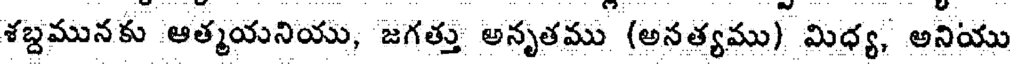
శబ్దమునకు ఆత్మయనియు, జగత్తు అనృతము (అనత్యము) మిధ్య, అనియు